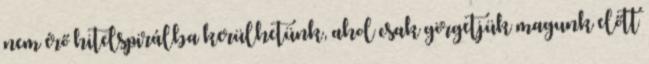
nem érő hitelspirálba kerülhetünk, ahol csak görgetjük magunk előtt